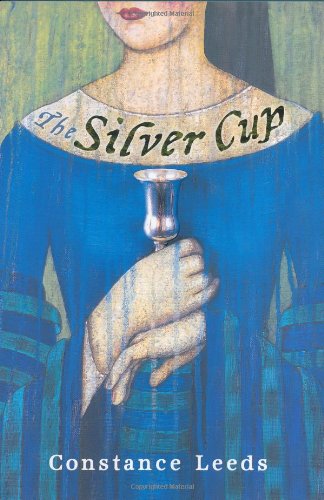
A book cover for The Silver Cup; Constance Leeds; Teen & Young Adult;